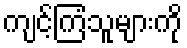
ကျင့်ကြံသူများကို